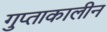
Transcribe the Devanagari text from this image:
गुप्ताकालीन